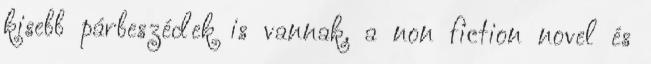
kisebb párbeszédek is vannak, a non fiction novel és